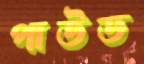
পাউড